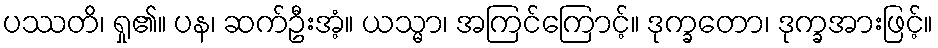
ပဿတိ၊ ရှု၏။ ပန၊ ဆက်ဦးအံ့။ ယသ္မာ၊ အကြင်ကြောင့်။ ဒုက္ခတော၊ ဒုက္ခအားဖြင့်။